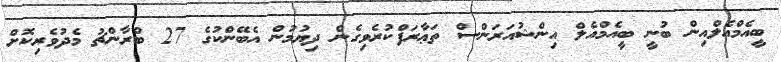
ބީއެމްއެލްއިން ބުނީ ބީއެމްއެލް އިންޝުއަރަންސް ތަޢާރަފްކުރެވިގެން ދިޔުމުން އެބޭންކުގެ 27 ބްރާންޗު މެދުވެރިކޮށް